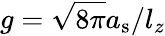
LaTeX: g=\sqrt{8\pi}a_{\mathrm{s}}/l_{z}